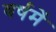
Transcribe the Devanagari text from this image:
वर्षमें